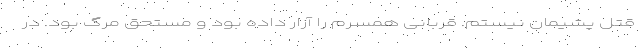
قتل پشیمان نیستم. قربانی همسرم را آزار داده بود و مستحق مرگ بود. در